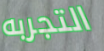
التجربه